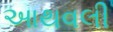
આથવલી